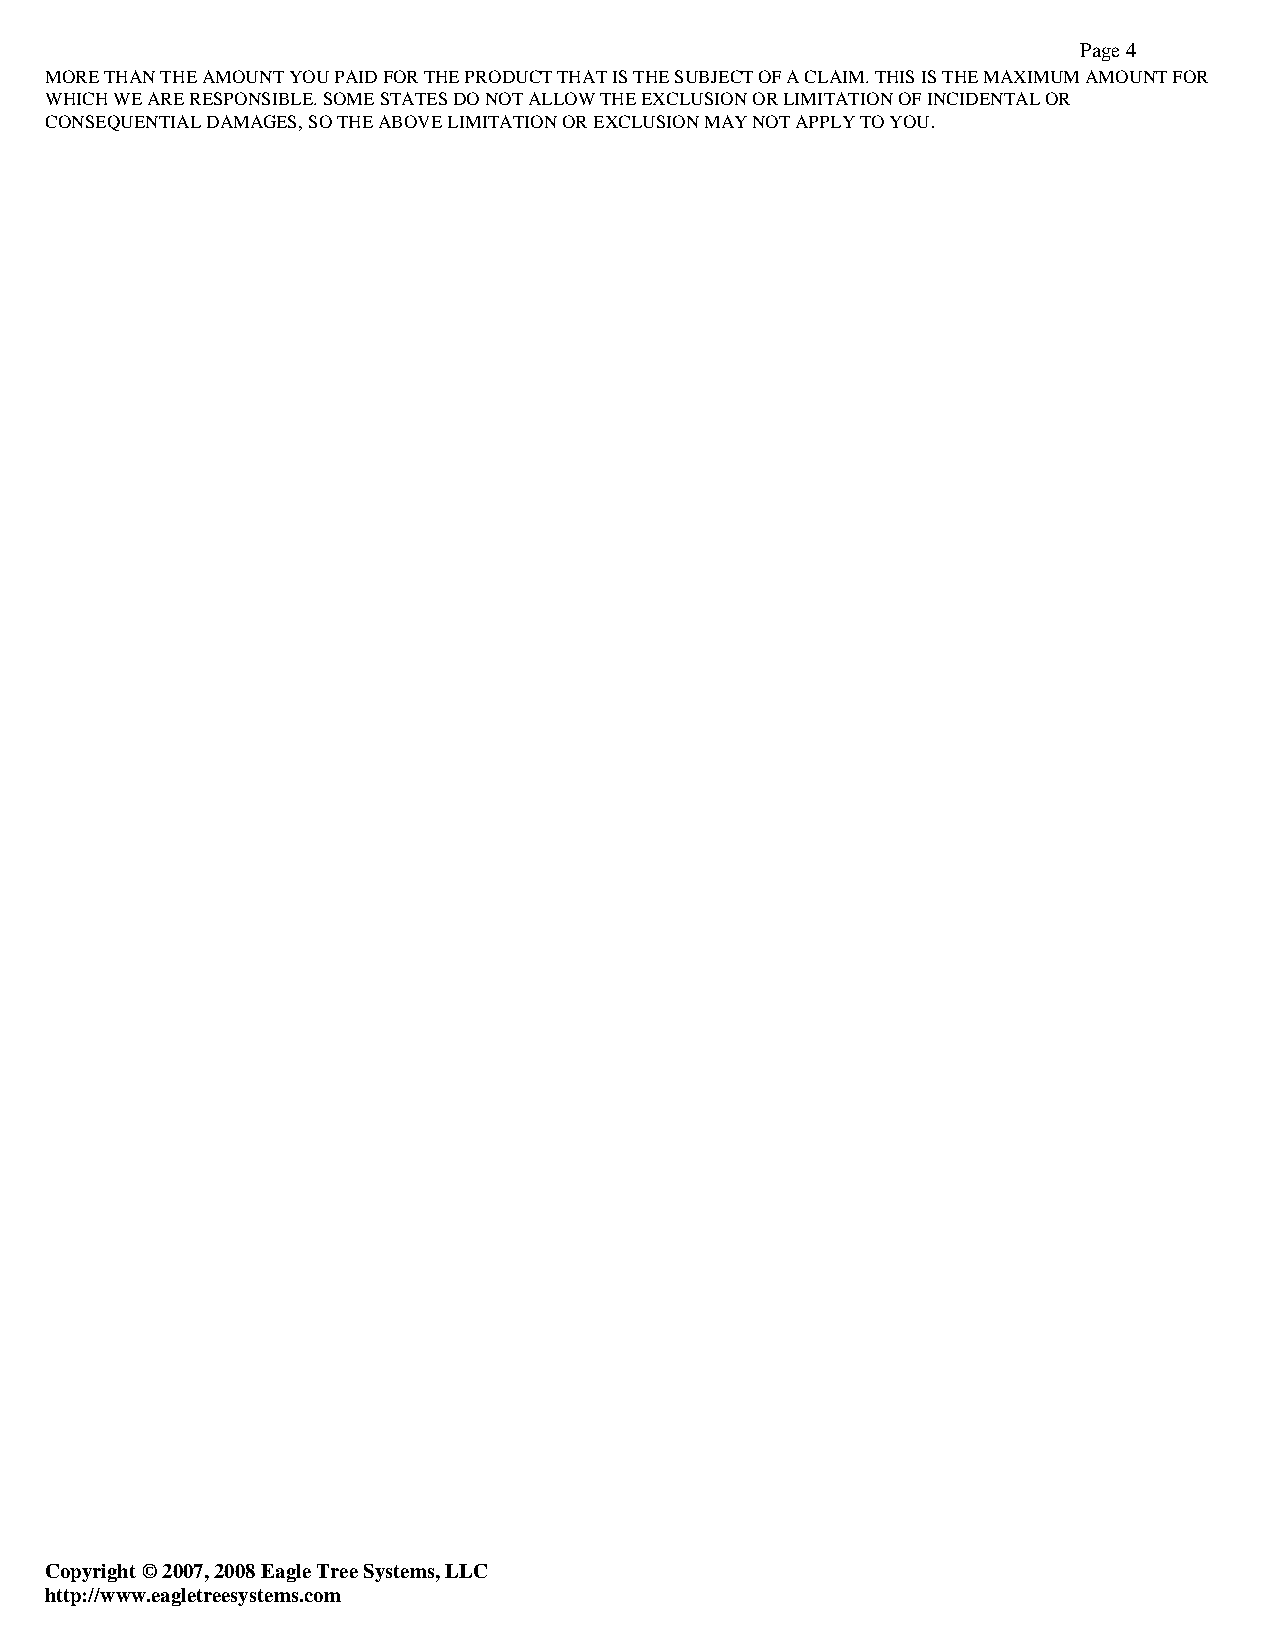
Page 4
 MORE THAN THE AMOUNT YOU PAID FOR THE PRODUCT THAT IS THE SUBJECT OF A CLAIM. THIS IS THE MAXIMUM AMOUNT FOR
 WHICH WE ARE RESPONSIBLE. SOME STATES DO NOT ALLOW THE EXCLUSION OR LIMITATION OF INCIDENTAL OR
 CONSEQUENTIAL DAMAGES, SO THE ABOVE LIMITATION OR EXCLUSION MAY NOT APPLY TO YOU.
 Copyright © 2007, 2008 Eagle Tree Systems, LLC
 http://www.eagletreesystems.com